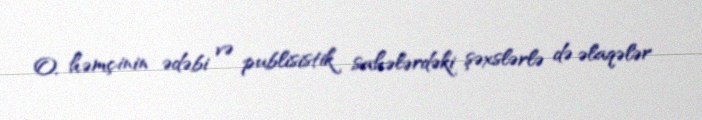
O, həmçinin ədəbi və publisistik sahələrdəki şəxslərlə də əlaqələr